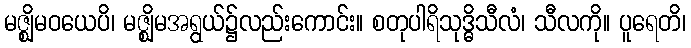
မဇ္ဈိမဝယေပိ၊ မဇ္ဈိမအရွယ်၌လည်းကောင်း။ စတုပါရိသုဒ္ဓိသီလံ၊ သီလကို။ ပူရေတိ၊